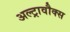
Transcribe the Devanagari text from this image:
अल्ट्रावौक्स